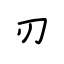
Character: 刃